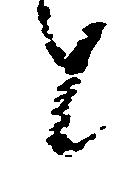
と